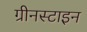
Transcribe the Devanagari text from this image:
ग्रीनस्टाइन